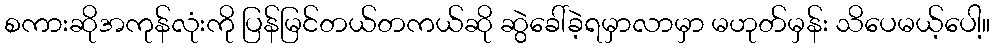
စကားဆိုအကုန်လုံးကို ပြန်မြင်တယ်တကယ်ဆို ဆွဲခေါ်ခဲ့ရမှာလာမှာ မဟုတ်မှန်း သိပေမယ့်ပေါ့။